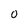
Character: O